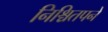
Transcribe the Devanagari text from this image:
निश्चितपने